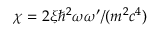
\chi = 2 \xi \hbar ^ { 2 } \omega \omega ^ { \prime } / ( m ^ { 2 } c ^ { 4 } )